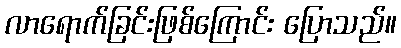
လာရောက်ခြင်းဖြစ်ကြောင်း ပြောသည်။